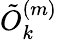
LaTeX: \tilde{O}_{k}^{(m)}